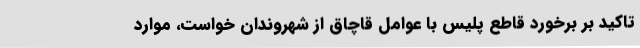
تاکید بر برخورد قاطع پلیس با عوامل قاچاق از شهروندان خواست، موارد